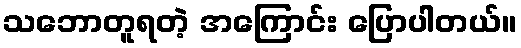
သဘောတူရတဲ့ အကြောင်း ပြောပါတယ်။